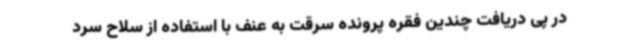
در پی دریافت چندین فقره پرونده سرقت به عنف با استفاده از سلاح سرد